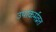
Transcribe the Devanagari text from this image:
उपाकर्मव्रत